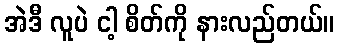
အဲဒီ လူပဲ ငါ့ စိတ်ကို နားလည်တယ်။